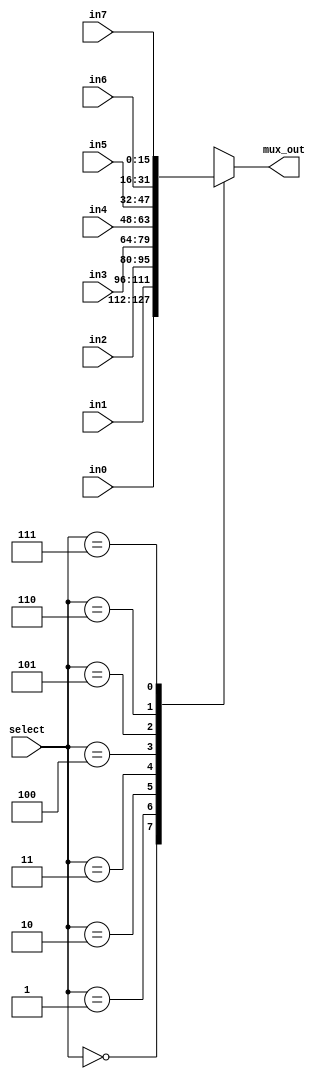
module register_mux( mux_out, in0, in1, in2, in3, in4, in5, in6, in7, select);
  output reg [15:0]	mux_out; 
  input  [15:0] 	in0, in1, in2, in3, in4, in5, in6, in7;
  input  [2:0]  	select;
  

always @*
  begin
    case( select)
	3'b000: mux_out = in0;
	3'b001: mux_out = in1;
	3'b010: mux_out = in2;
	3'b011: mux_out = in3;
	3'b100: mux_out = in4;
	3'b101: mux_out = in5;
	3'b110: mux_out = in6;
	3'b111: mux_out = in7;
    endcase
  end
endmodule